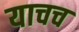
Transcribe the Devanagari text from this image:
याचच